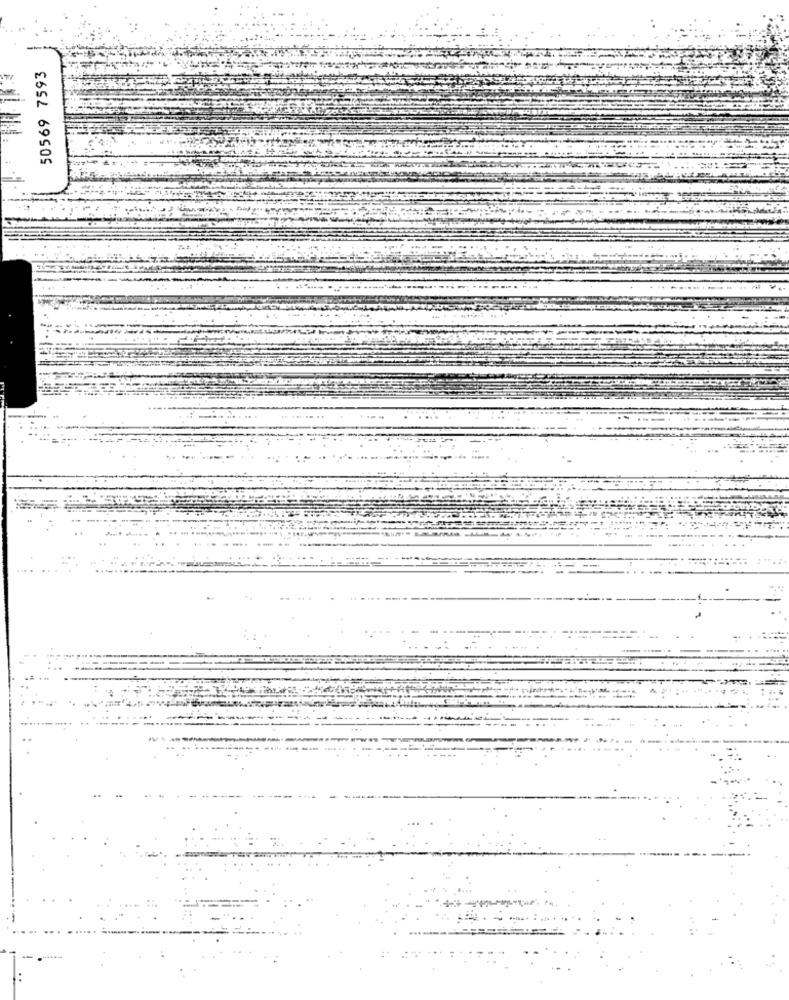
50569 7593